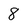
Character: 8